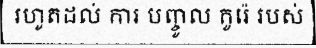
រហូតដល់ ការ បញ្ចូល កូរ៉េ របស់